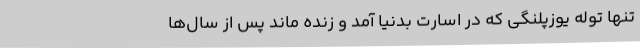
تنها توله یوزپلنگی که در اسارت بدنیا آمد و زنده ماند پس از سال‌‌ها